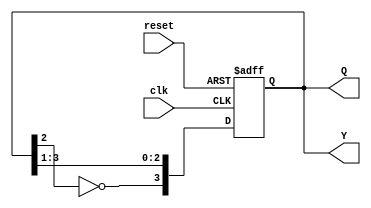
module johnson_counter #(
    parameter n = 4  // Number of flip-flops
) (
    input wire clk,
    input wire reset,
    output reg [n-1:0] Q,
    output reg [n-1:0] Y
);

    // State transition logic
    always @(posedge clk or posedge reset) begin
        if (reset) begin
            Q <= 0;  // Initialize state to 0 on reset
        end else begin
            // Johnson counter state transition
            Q[n-1] <= ~Q[n-2]; // Inverted output of the second-to-last flip-flop
            Q[n-2:0] <= Q[n-1:1]; // Shift the other bits to the right
        end
    end

    // Output logic (Moore output)
    always @(*) begin
        // Example output: Y directly reflects the state
        Y = Q;  // You can modify this logic as needed
    end

endmodule